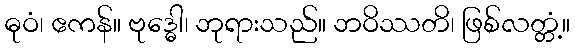
ဓုဝံ၊ ဧကန်။ ဗုဒ္ဓေါ၊ ဘုရားသည်။ ဘဝိဿတိ၊ ဖြစ်လတ္တံ့။